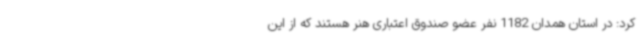
کرد: در استان همدان 1182 نفر عضو صندوق اعتباری هنر هستند که از این